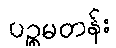
ပဉ္စမတန်း